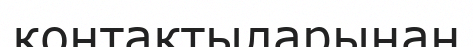
контактыларынан